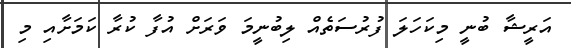
އަރީޝާ ބުނީ މިކަހަލަ ފުރުސަތެއް ލިބުނީމަ ވަރަށް އުފާ ކުރާ ކަމަށާއި މި